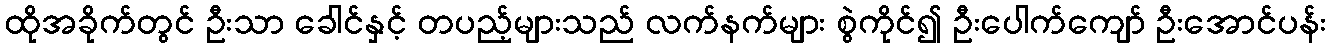
ထိုအခိုက်တွင် ဦးသာ ခေါင်နှင့် တပည့်များသည် လက်နက်များ စွဲကိုင်၍ ဦးပေါက်ကျော် ဦးအောင်ပန်း